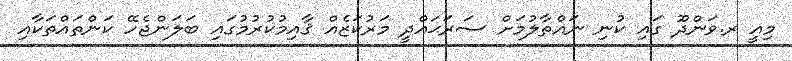
މިއީ ރ.ވަންދޫ ގައި ކުނި ނައްތާލުމަށް ސަރަޙައްދީ މަރުކަޒެއް ޤާއިމުކުރުމުގައި ބަލަންޖެހޭ ކަންތައްތަކާއި